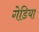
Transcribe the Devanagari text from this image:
गेडिया